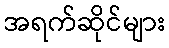
အရက်ဆိုင်များ